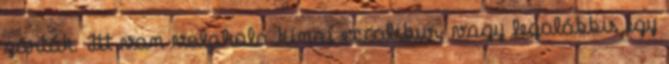
zárták. Itt van valahola kínai excalibur, vagy legalábbis egy